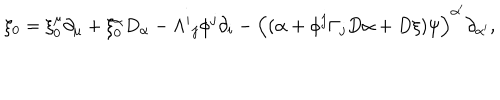
\xi _ { 0 } = \xi _ { 0 } ^ { \mu } \partial _ { \mu } + \xi _ { 0 } ^ { \alpha } D _ { \alpha } - \Lambda ^ { i } { } _ { j } \phi ^ { j } \partial _ { i } - \Big ( ( \alpha + \phi ^ { j } \Gamma _ { j } D \alpha + D \xi ) \psi \Big ) ^ { \alpha ^ { \prime } } \partial _ { \alpha ^ { \prime } } ,